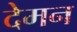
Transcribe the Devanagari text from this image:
देमन